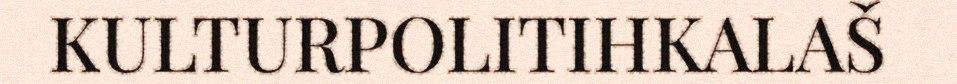
KULTURPOLITIHKALAŠ